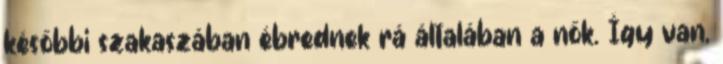
későbbi szakaszában ébrednek rá általában a nők. Így van,